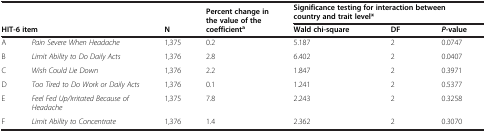
| <ROWSPAN=2-COLSPAN=2> HIT-6 item | <ROWSPAN=2> N | <ROWSPAN=2> Percent change in the value of the coefficienta | <COLSPAN=3> Significance testing for interaction between country and trait level* |
 | Wald chi-square | DF | P-value |
 | --- | --- | --- | --- | --- | --- | --- |
 | A | Pain Severe When Headache | 1,375 | 0.2 | 5.187 | 2 | 0.0747 |
 | B | Limit Ability to Do Daily Acts | 1,376 | 2.8 | 6.402 | 2 | 0.0407 |
 | C | Wish Could Lie Down | 1,376 | 2.2 | 1.847 | 2 | 0.3971 |
 | D | Too Tired to Do Work or Daily Acts | 1,376 | 0.1 | 1.241 | 2 | 0.5377 |
 | E | Feel Fed Up/Irritated Because of Headache | 1,375 | 7.8 | 2.243 | 2 | 0.3258 |
 | F | Limit Ability to Concentrate | 1,376 | 1.4 | 2.362 | 2 | 0.3070 |